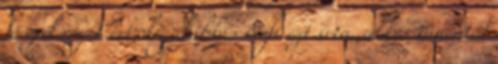
főszál véget ért, legalábbis Nefi ezt írta, akkor innentől